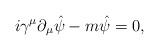
LaTeX: \begin{align*} i\gamma^\mu \partial_\mu \hat{\psi} -m {\hat{\psi}}=0,\end{align*}